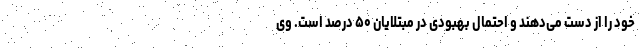
خود را از دست می‌دهند و احتمال بهبودی در مبتلایان ۵۰ درصد است. وی